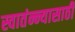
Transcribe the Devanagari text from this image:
स्वातंन्न्यासाठी